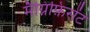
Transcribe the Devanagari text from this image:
मैग्निफ़िसेंट